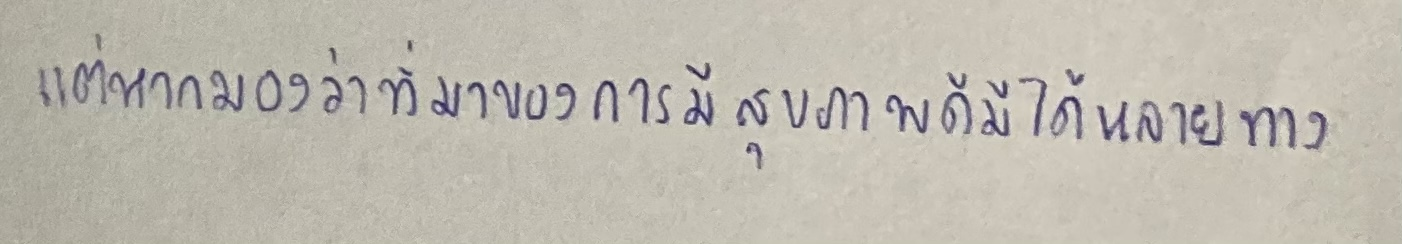
แต่หากมองว่าที่มาของการมีสุขภาพดีมีได้หลายทาง